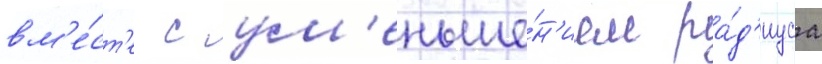
вм'е́ст'е с ум'еньше́н'ием ра́д'иуса